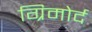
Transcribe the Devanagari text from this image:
ग्रिमोर्द